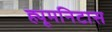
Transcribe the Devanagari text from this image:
ह्यूमनिटास